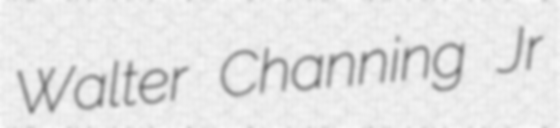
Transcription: Walter Channing Jr